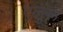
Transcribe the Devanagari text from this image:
एलुरू